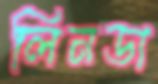
লিনডা